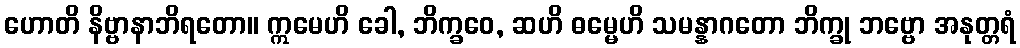
ဟောတိ နိဗ္ဗာနာဘိရတော။ ဣမေဟိ ခေါ, ဘိက္ခဝေ, ဆဟိ ဓမ္မေဟိ သမန္နာဂတော ဘိက္ခု ဘဗ္ဗော အနုတ္တရံ